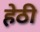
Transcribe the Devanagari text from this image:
हेठी